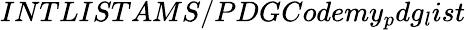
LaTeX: INTLISTAMS/PDGCodemy_{p}dg_{l}ist